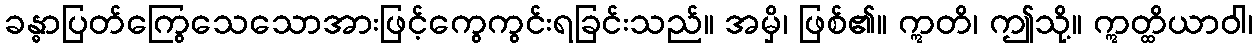
ခန္ဓာပြတ်ကြွေသေသောအားဖြင့်ကွေကွင်းရခြင်းသည်။ အမှိ၊ ဖြစ်၏။ ဣတိ၊ ဤသို့။ ဣတ္ထိယာဝါ၊